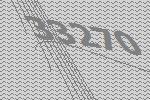
33270